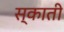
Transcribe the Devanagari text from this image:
स्काती